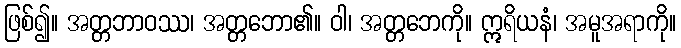
ဖြစ်၍။ အတ္တဘာဝဿ၊ အတ္တဘော၏။ ဝါ၊ အတ္တဘေကို။ ဣရိယနံ၊ အမူအရာကို။